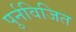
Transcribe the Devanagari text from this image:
पुर्नविजित